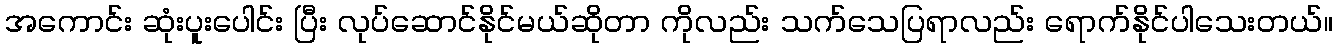
အကောင်း ဆုံးပူးပေါင်း ပြီး လုပ်ဆောင်နိုင်မယ်ဆိုတာ ကိုလည်း သက်သေပြရာလည်း ရောက်နိုင်ပါသေးတယ်။